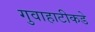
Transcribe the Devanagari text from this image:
गुवाहाटीकडे